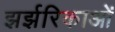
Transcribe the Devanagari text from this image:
झर्झरिकाओं